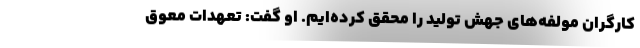
کارگران مولفه‌های جهش تولید را محقق کرده‌ایم. او گفت: تعهدات معوق